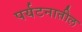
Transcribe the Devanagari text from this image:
पर्यटनातील